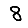
Digit: 8